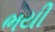
ભયી